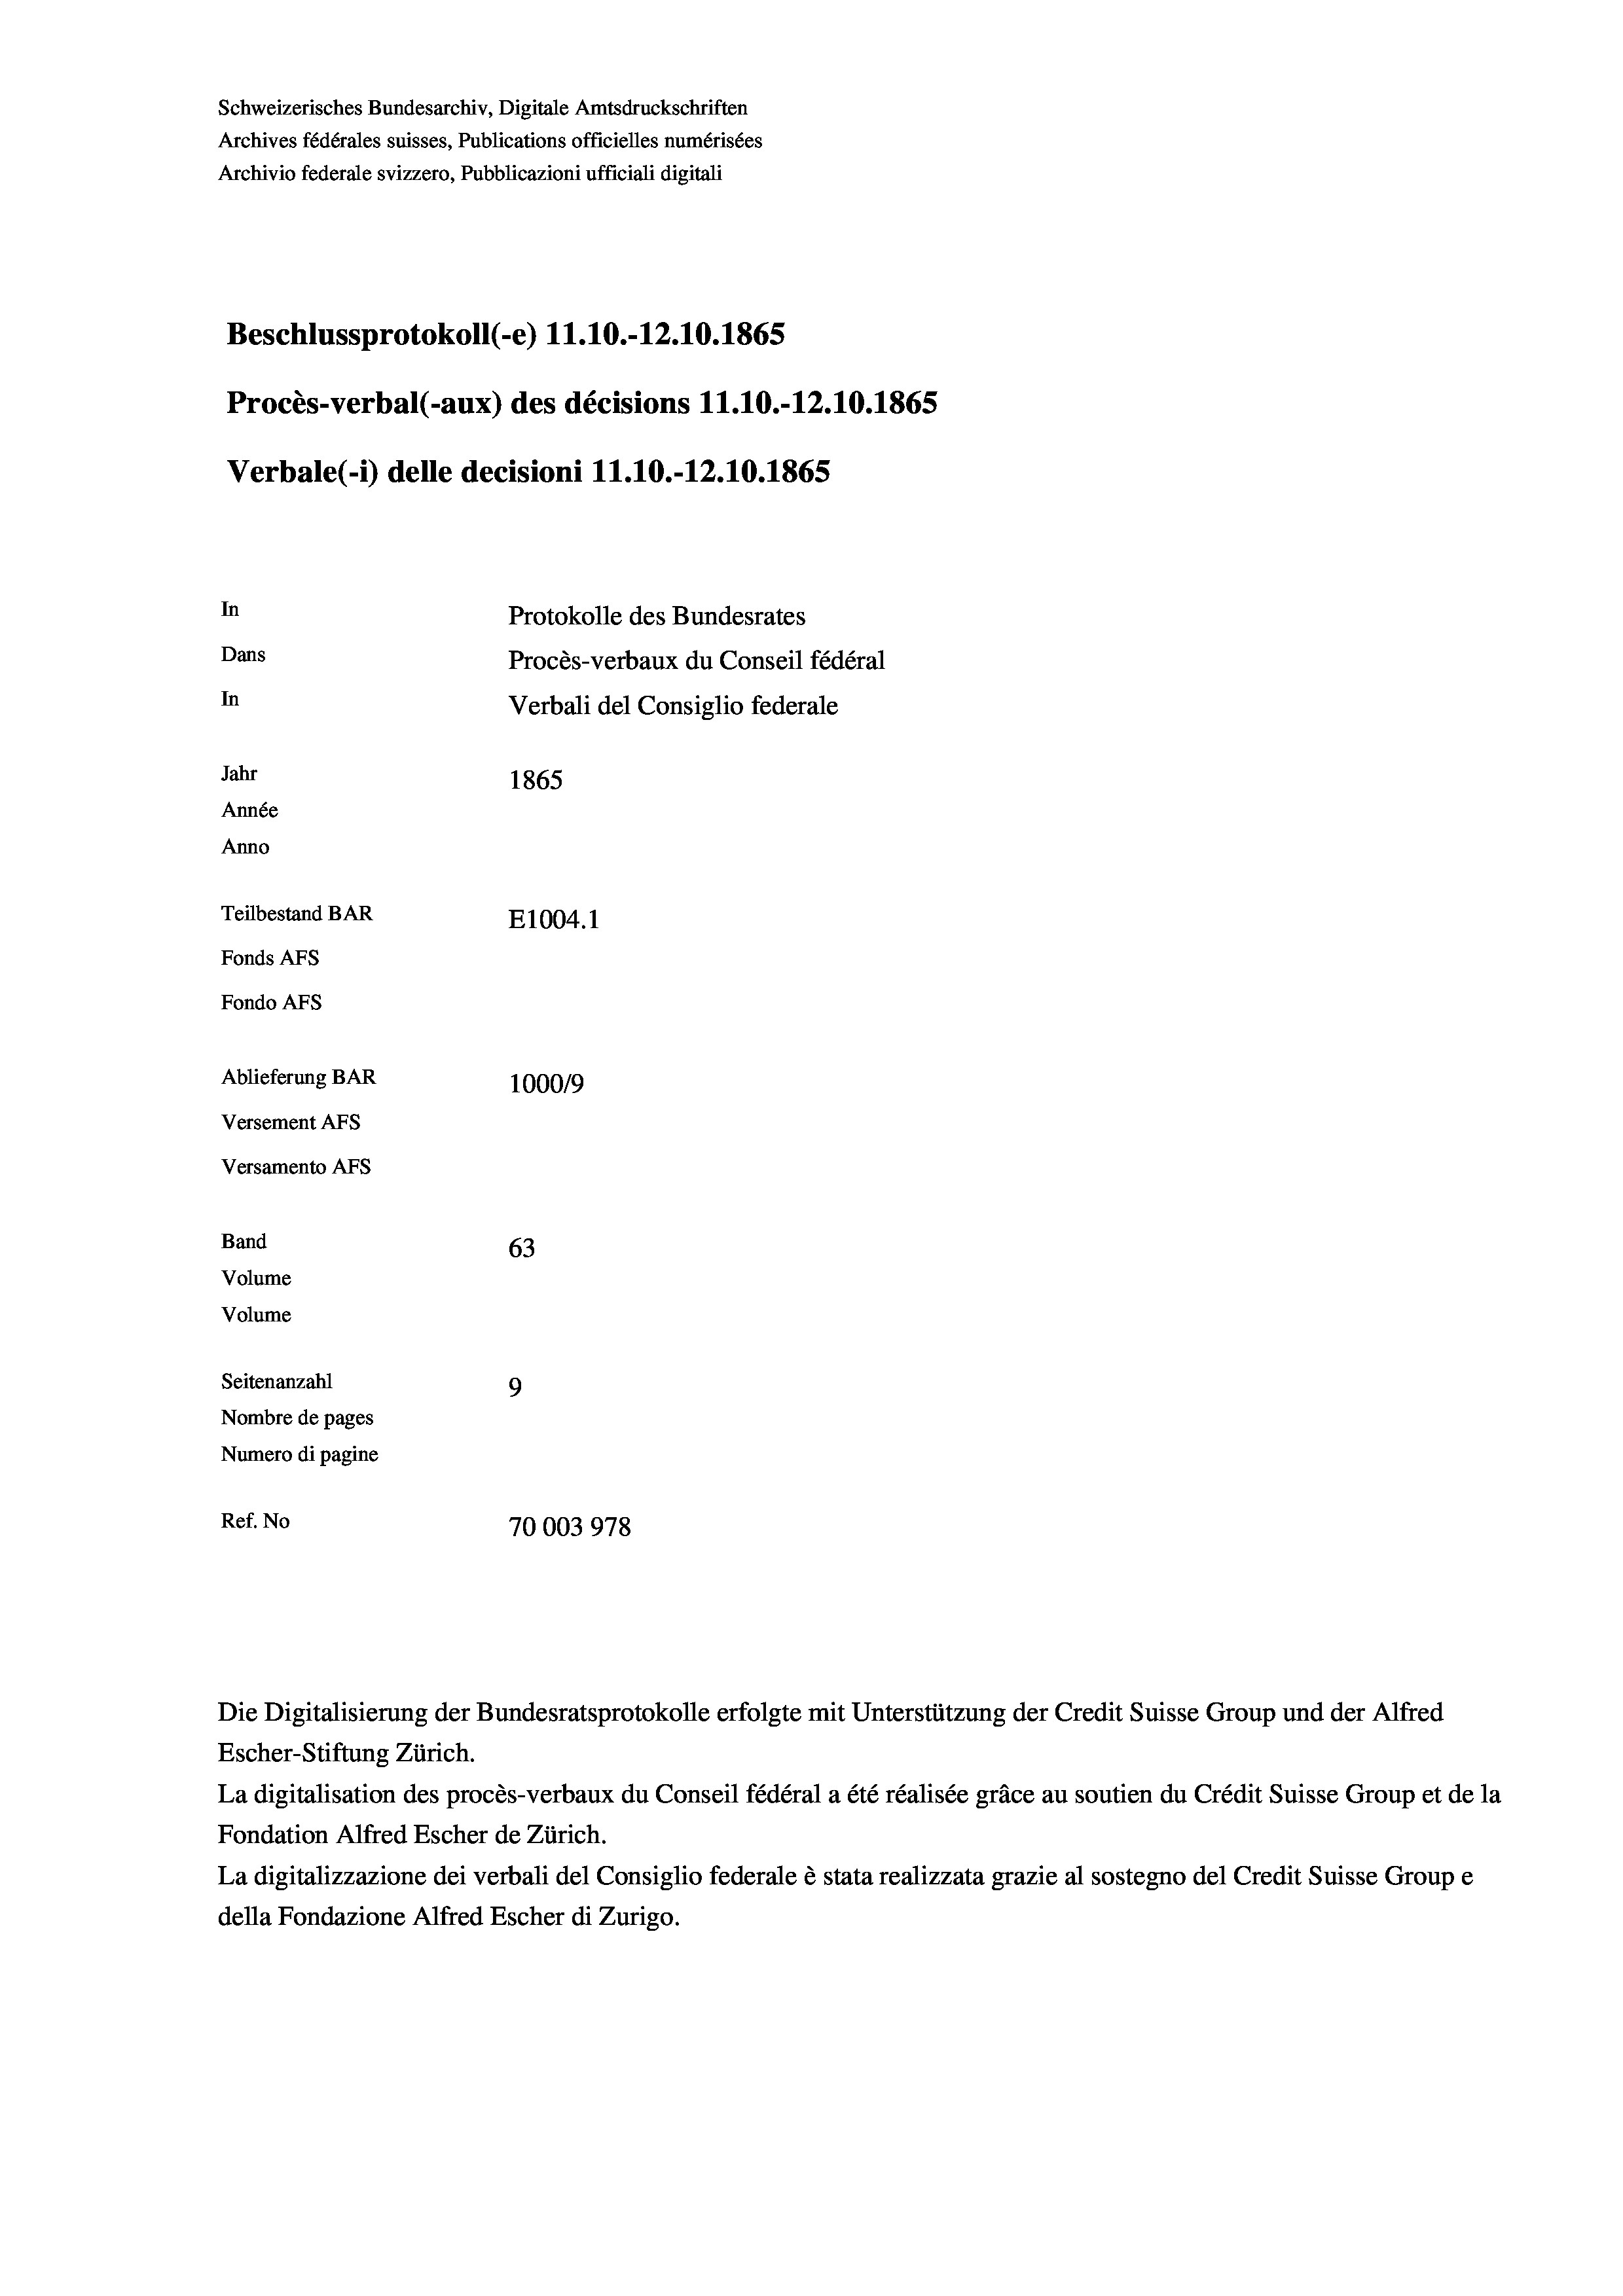
Schweizerisches Bundesarchiv, Digitale Amtsdruckschriften
Archives fédérales suisses, Publications officielles numérisées
Beschlussprotokoll (-e) 11.10.-12.10.1865
Procès-verbal (-aux) des décisions 11.10.-12.10.1865
Verbale (- 1) delle decisioni 11.10.-12.10.1865
In
Protokolle des Bundesrates
Dans
Procès-verbaux du Conseil fédéral
In
Verbali del Consiglio federale
Jahr
1865
Année
Anno
Teilbestand BAR
E1004.1
Fonds AFs
Fondo Afs
Ablieferung BAR
100019
Versement AFs
Versamento Afs

Band
Volume
Volume

Archivio federale svizzero, Pubblicazioni ufficiali digitali

63
Seitenanzahl
9
Nombre de pages
Numero di pagine
Ref. No
70003978

Escher-Stiftung Zürich.
La digitalisation des procès-verbaux du Conseil fédéral a été réalisée gräce au soutien du Crédit Suisse Group et de la
Fondation Alfred Escher de Zürich.
La digitalizzazione dei verbali del Consiglio federale è stata realizzata grazie al sostegno del Credit Suisse Groupe
della Fondazione Alfred Escher di Zurigo.

Die Digitalisierung der Bundesratsprotokolle erfolgte mit Unterstützung der Credit Suisse Group und der Alfred